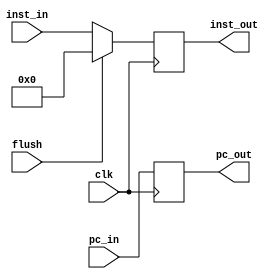
module Reg_if_id(inst_out,pc_out,inst_in,pc_in,flush,clk);
    output reg [31:0] inst_out;
    output reg [31:0] pc_out;
    input wire [31:0] inst_in;
    input wire [31:0] pc_in;
    input wire clk;
    input wire flush;
    always @(posedge clk)begin
        if(flush) begin
            inst_out <= 0;
            pc_out <= pc_in;
        end else begin
            inst_out <= inst_in;
            pc_out <= pc_in;
        end
    end

endmodule